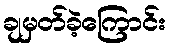
ချမှတ်ခဲ့ကြောင်း